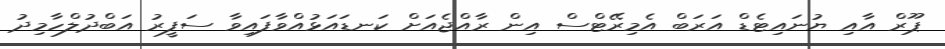
ޕޫރް އާއި ޔުނައިޓެޑް އަރަބް އެމިރޭޓްސް އިން ރާއްޖެއަށް ކަނޑައަޅުއްވާފައިވާ ސަފީރު އަބްދުލްހާމިދު